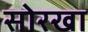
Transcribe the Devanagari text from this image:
सोरखा